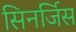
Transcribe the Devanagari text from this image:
सिनर्जिस